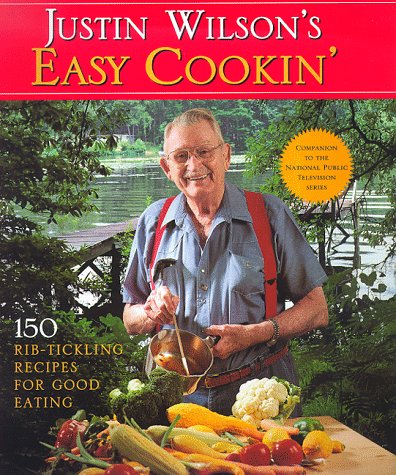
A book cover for Justin Wilson's Easy Cookin': 150 Rib-Tickling Recipes for Good Eating (Pbs Series); Justin Wilson; Cookbooks, Food & Wine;